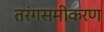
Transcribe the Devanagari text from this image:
तरंगसमीकरण